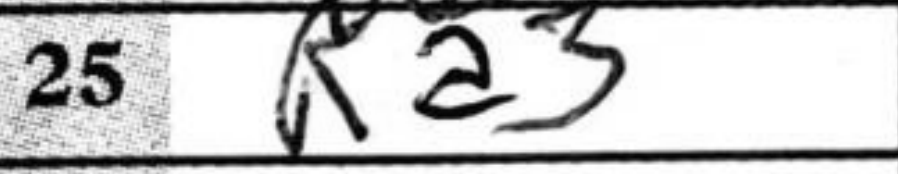
Transcription: Ra3